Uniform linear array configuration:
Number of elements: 64
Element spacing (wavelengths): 1
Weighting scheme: hann
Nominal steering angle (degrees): -60
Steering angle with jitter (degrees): -60.081
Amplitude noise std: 0.05
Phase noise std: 0.05

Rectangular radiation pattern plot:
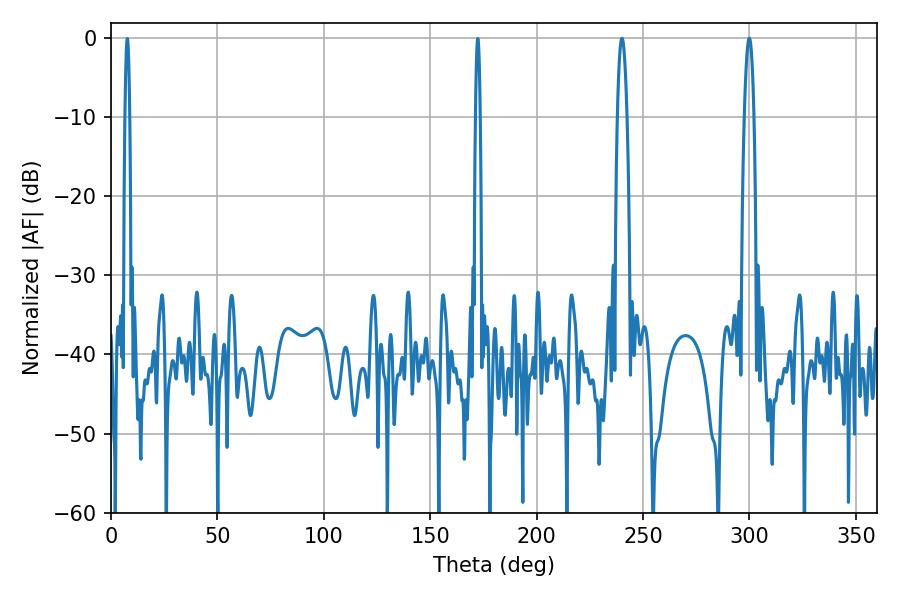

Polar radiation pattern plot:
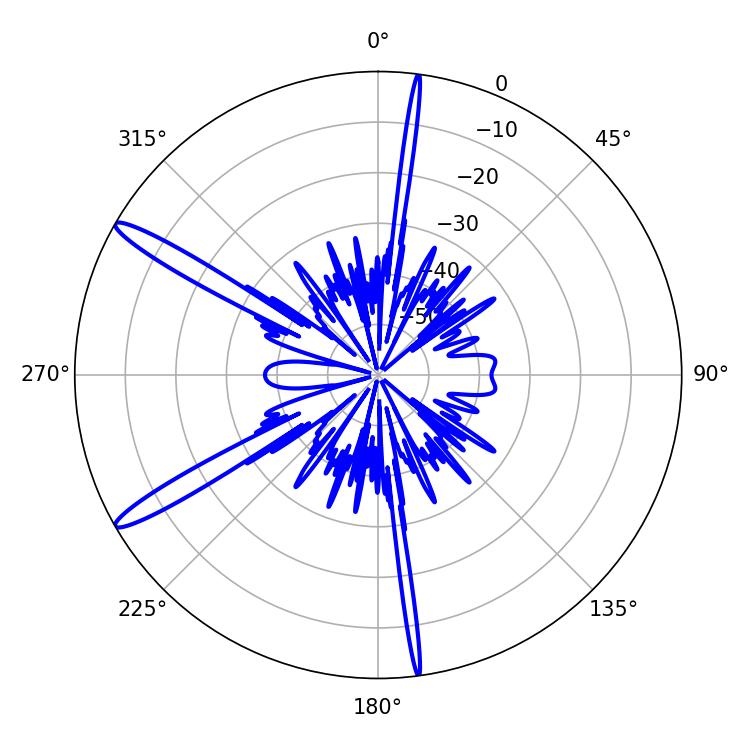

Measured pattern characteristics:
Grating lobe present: TRUE
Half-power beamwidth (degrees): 2.52
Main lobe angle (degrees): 299.88